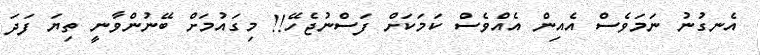
އެނގުނު ނަމަވެސް އެއިން އެއްވެސް ކަމަކަށް ފަސްނުޖެހޭ!! މިގައުމަށް ބޭނުންވާނީ ތިޔަ ފަދަ